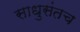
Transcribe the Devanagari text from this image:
साधुसंतच